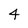
Character: 4